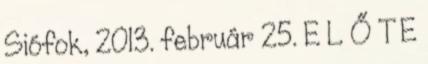
Siófok, 2013. február 25. E L Ő T E